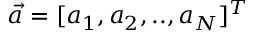
{ \vec { a } } = [ a _ { 1 } , a _ { 2 } , . . , a _ { N } ] ^ { T }